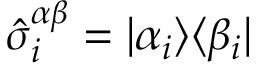
\hat { \sigma } _ { i } ^ { \alpha \beta } = | \alpha _ { i } \rangle \langle \beta _ { i } |